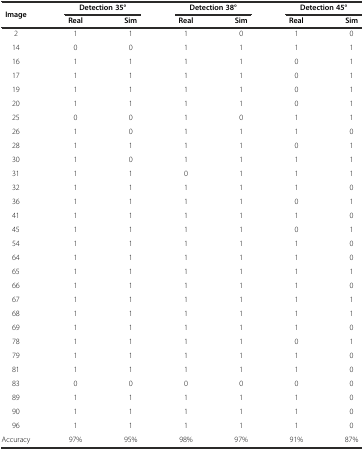
<table><thead><tr><td rowspan="2"><b>Image</b></td><td colspan="2"><b>Detection 35°</b></td><td colspan="2"><b>Detection 38°</b></td><td colspan="2"><b>Detection 45°</b></td></tr><tr><td><b>Real</b></td><td><b>Sim</b></td><td><b>Real</b></td><td><b>Sim</b></td><td><b>Real</b></td><td><b>Sim</b></td></tr></thead><tbody><tr><td>2</td><td>1</td><td>1</td><td>1</td><td>0</td><td>1</td><td>0</td></tr><tr><td>14</td><td>0</td><td>0</td><td>1</td><td>1</td><td>1</td><td>1</td></tr><tr><td>16</td><td>1</td><td>1</td><td>1</td><td>1</td><td>0</td><td>1</td></tr><tr><td>17</td><td>1</td><td>1</td><td>1</td><td>1</td><td>0</td><td>1</td></tr><tr><td>19</td><td>1</td><td>1</td><td>1</td><td>1</td><td>0</td><td>1</td></tr><tr><td>20</td><td>1</td><td>1</td><td>1</td><td>1</td><td>0</td><td>1</td></tr><tr><td>25</td><td>0</td><td>0</td><td>1</td><td>0</td><td>1</td><td>1</td></tr><tr><td>26</td><td>1</td><td>0</td><td>1</td><td>1</td><td>1</td><td>0</td></tr><tr><td>28</td><td>1</td><td>1</td><td>1</td><td>1</td><td>0</td><td>1</td></tr><tr><td>30</td><td>1</td><td>0</td><td>1</td><td>1</td><td>1</td><td>1</td></tr><tr><td>31</td><td>1</td><td>1</td><td>0</td><td>1</td><td>1</td><td>1</td></tr><tr><td>32</td><td>1</td><td>1</td><td>1</td><td>1</td><td>1</td><td>0</td></tr><tr><td>36</td><td>1</td><td>1</td><td>1</td><td>1</td><td>0</td><td>1</td></tr><tr><td>41</td><td>1</td><td>1</td><td>1</td><td>1</td><td>1</td><td>0</td></tr><tr><td>45</td><td>1</td><td>1</td><td>1</td><td>1</td><td>0</td><td>1</td></tr><tr><td>54</td><td>1</td><td>1</td><td>1</td><td>1</td><td>1</td><td>0</td></tr><tr><td>64</td><td>1</td><td>1</td><td>1</td><td>1</td><td>1</td><td>0</td></tr><tr><td>65</td><td>1</td><td>1</td><td>1</td><td>1</td><td>1</td><td>1</td></tr><tr><td>66</td><td>1</td><td>1</td><td>1</td><td>1</td><td>1</td><td>0</td></tr><tr><td>67</td><td>1</td><td>1</td><td>1</td><td>1</td><td>1</td><td>1</td></tr><tr><td>68</td><td>1</td><td>1</td><td>1</td><td>1</td><td>1</td><td>1</td></tr><tr><td>69</td><td>1</td><td>1</td><td>1</td><td>1</td><td>1</td><td>0</td></tr><tr><td>78</td><td>1</td><td>1</td><td>1</td><td>1</td><td>0</td><td>1</td></tr><tr><td>79</td><td>1</td><td>1</td><td>1</td><td>1</td><td>1</td><td>0</td></tr><tr><td>81</td><td>1</td><td>1</td><td>1</td><td>1</td><td>1</td><td>0</td></tr><tr><td>83</td><td>0</td><td>0</td><td>0</td><td>0</td><td>0</td><td>0</td></tr><tr><td>89</td><td>1</td><td>1</td><td>1</td><td>1</td><td>1</td><td>0</td></tr><tr><td>90</td><td>1</td><td>1</td><td>1</td><td>1</td><td>1</td><td>0</td></tr><tr><td>96</td><td>1</td><td>1</td><td>1</td><td>1</td><td>1</td><td>0</td></tr><tr><td>Accuracy</td><td>97%</td><td>95%</td><td>98%</td><td>97%</td><td>91%</td><td>87%</td></tr></tbody></table>